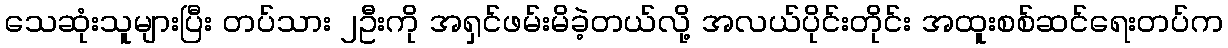
သေဆုံးသူများပြီး တပ်သား ၂ဦးကို အရှင်ဖမ်းမိခဲ့တယ်လို့ အလယ်ပိုင်းတိုင်း အထူးစစ်ဆင်ရေးတပ်က